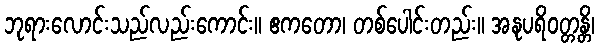
ဘုရားလောင်းသည်လည်းကောင်း။ ဧကတော၊ တစ်ပေါင်းတည်း။ အနုပရိဝတ္တန္တိ၊